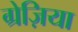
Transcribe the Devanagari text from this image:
ग्रेज़िया